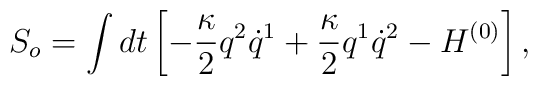
S_o = \int dt \left[ - \frac{\kappa}{2} q^2 \dot{q}^1                + \frac{\kappa}{2} q^1 \dot{q}^2 - H^{(0)} \right],